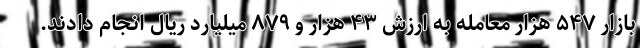
بازار ۵۴۷ هزار معامله به ارزش ۴۳ هزار و ۸۷۹ میلیارد ریال انجام دادند.